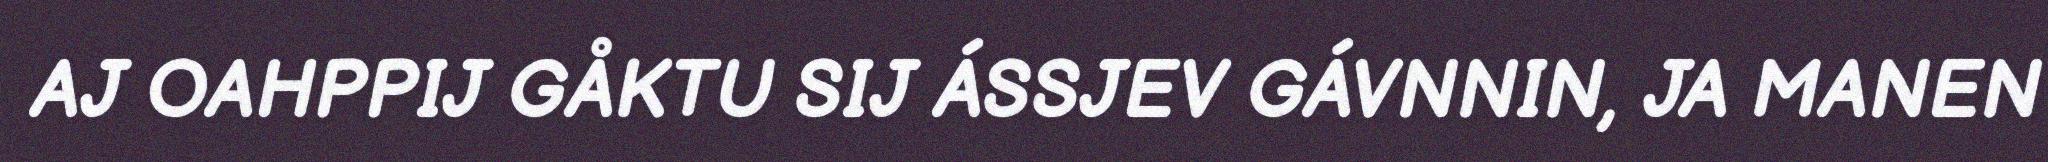
AJ OAHPPIJ GÅKTU SIJ ÁSSJEV GÁVNNIN, JA MANEN